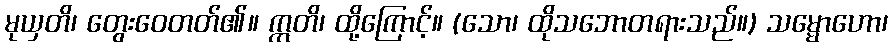
မုယှတိ၊ တွေးဝေတတ်၏။ ဣတိ၊ ထို့ကြောင့်။ (သော၊ ထိုသဘောတရားသည်။) သမ္မောဟော၊